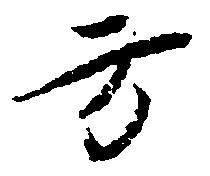
方